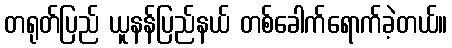
တရုတ်ပြည် ယူနန်ပြည်နယ် တစ်ခေါက်ရောက်ခဲ့တယ်။